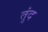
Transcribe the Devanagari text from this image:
तुंद